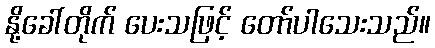
နို့ခေါ်တိုက် ပေးသဖြင့် တော်ပါသေးသည်။